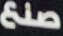
صنع